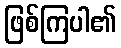
ဖြစ်ကြပါ၏